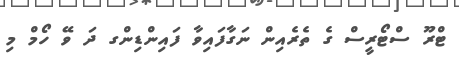
ޓްރޫ ސްޓޯރީސް ގެ ތެރެއިން ނަގާފައިވާ ފައިންޑިންގ ދަ ވޭ ހޯމް މި